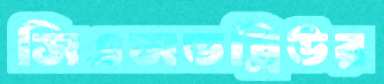
সিএসডব্লিউর